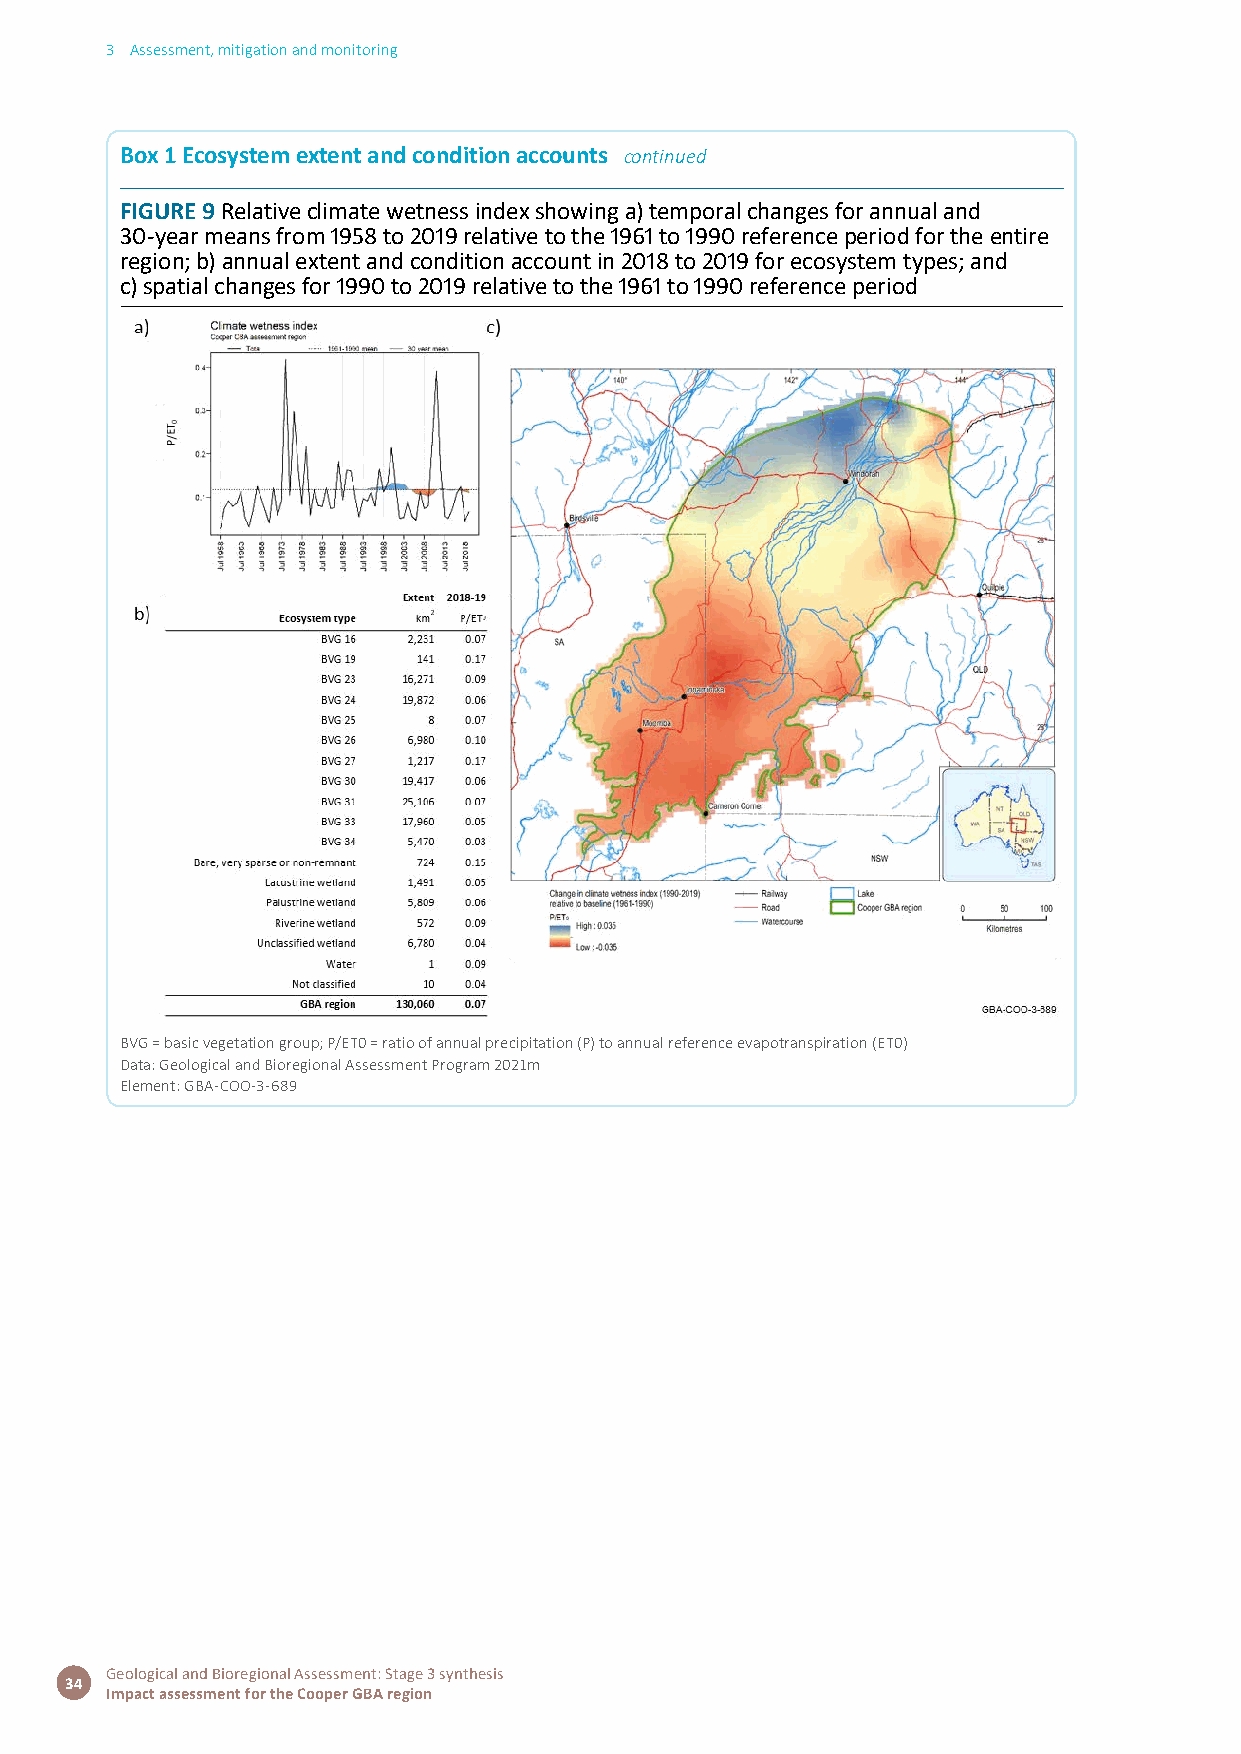
3 Assessment, mitigation and monitoring
 Box 1 Ecosystem extent and condition accounts continued
 FIGURE 9 Relative climate wetness index showing a) temporal changes for annual and
 30-year means from 1958 to 2019 relative to the 1961 to 1990 reference period for the entire
 region; b) annual extent and condition account in 2018 to 2019 for ecosystem types; and
 c) spatial changes for 1990 to 2019 relative to the 1961 to 1990 reference period
 BVG = basic vegetation group; P/ET0 = ratio of annual precipitation (P) to annual reference evapotranspiration (ET0)
 Data: Geological and Bioregional Assessment Program 2021m
 Element: GBA-COO-3-689
 Geological and Bioregional Assessment: Stage 3 synthesis
 34
 Impact assessment for the Cooper GBA region